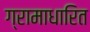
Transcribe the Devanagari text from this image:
ग्रामाधारित